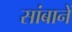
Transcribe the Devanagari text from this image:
सांबानें